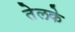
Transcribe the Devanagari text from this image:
तेलके